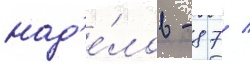
над'е́лов - 87 /